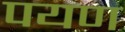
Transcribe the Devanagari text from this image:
पयण